Punjab Mental Hospital Lahore 1922-31 - 1922-1931
Year: 1922
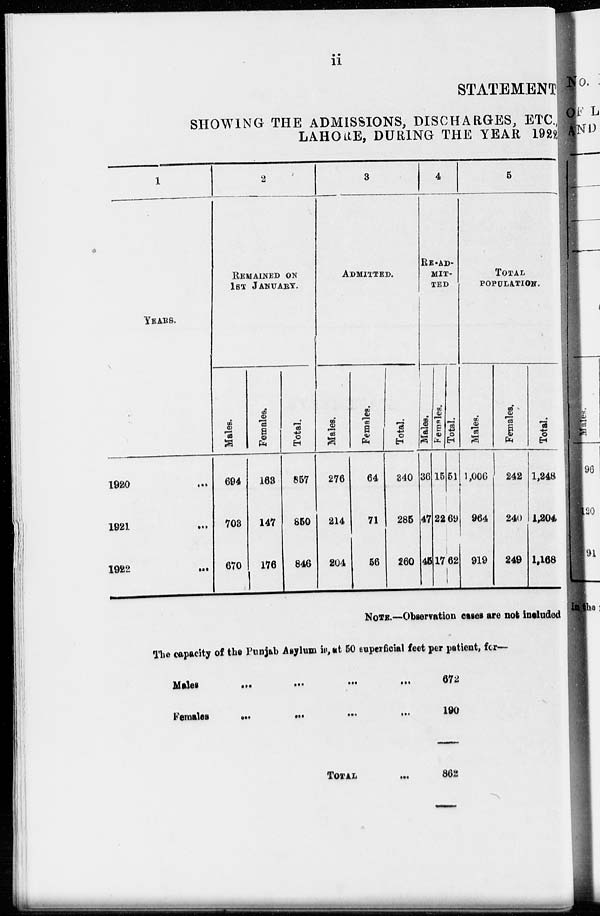
ii
STATEMENT
SHOWING THE ADMISSIONS, DISCHARGES, ETC.,
LAHORE, DURING THE YEAR 1922
1
YEARS.
1920 ...
1921 ...
1922 ...
2
REMAINED ON
1ST JANUARY.
Males,
694
703
670
Females.
163
147
176
Total.
857
850
846
3
ADMITTED.
Males.
276
214
204
Females.
64
71
56
Total.
340
285
260
4
RE-AD-
----
---
Males.
36
47
45
Females.
15
22
17
Total.
51
69
62
5
TOTAL
POPULATION.
Males.
1,006
964
919
Females.
242
240
249
Total.
1,248
1,204
1,168
NOTE. —Observation cases are not included
The capacity of the Punjab Asylum is, at 50 superficial feet per patient, for -
Males
...
...
...
...
Females
... ... ... ...
TOTAL ...
672
190
862